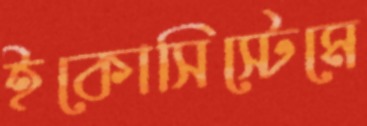
ইকোসিস্টেমে